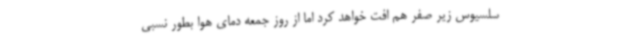
سلسیوس زیر صفر هم افت خواهد کرد اما از روز جمعه دمای هوا بطور نسبی